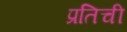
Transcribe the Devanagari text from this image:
प्रतिची